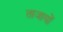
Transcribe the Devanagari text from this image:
ताजायों